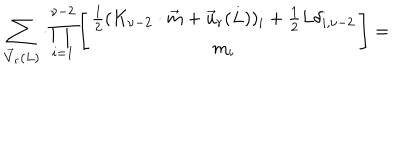
LaTeX: \sum _ { \vec { V } _ { r } ( L ) } \cdot \prod _ { i = 1 } ^ { \nu - 2 } \left[ \begin{array} { c } { { \frac { 1 } { 2 } ( K _ { \nu - 2 } \cdot \vec { m } + \vec { u } _ { r } ( L ) ) _ { i } + \frac { 1 } { 2 } L \delta _ { i , \nu - 2 } } } \\ { { m _ { i } } } \\ \end{array} \right] =